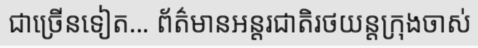
ជាច្រើនទៀត... ព័ត៌មានអន្តរជាតិរថយន្តក្រុងចាស់